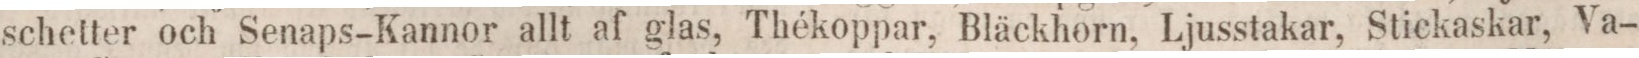
schetter och Senaps-Kannor allt af glas, Thékoppar, Bläckhorn, Ljusstakar, Stickaskar, Va-